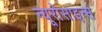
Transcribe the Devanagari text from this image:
न्यूरोसाइन्स